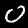
Digit: 0